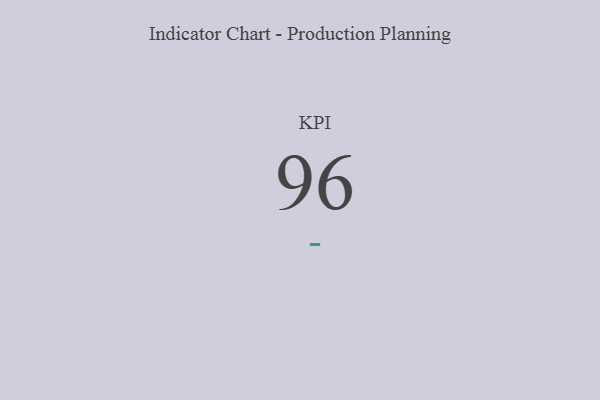
{"axis": {"x": "KPI", "y": "Value"}, "legend": [""], "data": [{"x": "KPI", "y": 96, "type": ""}]}